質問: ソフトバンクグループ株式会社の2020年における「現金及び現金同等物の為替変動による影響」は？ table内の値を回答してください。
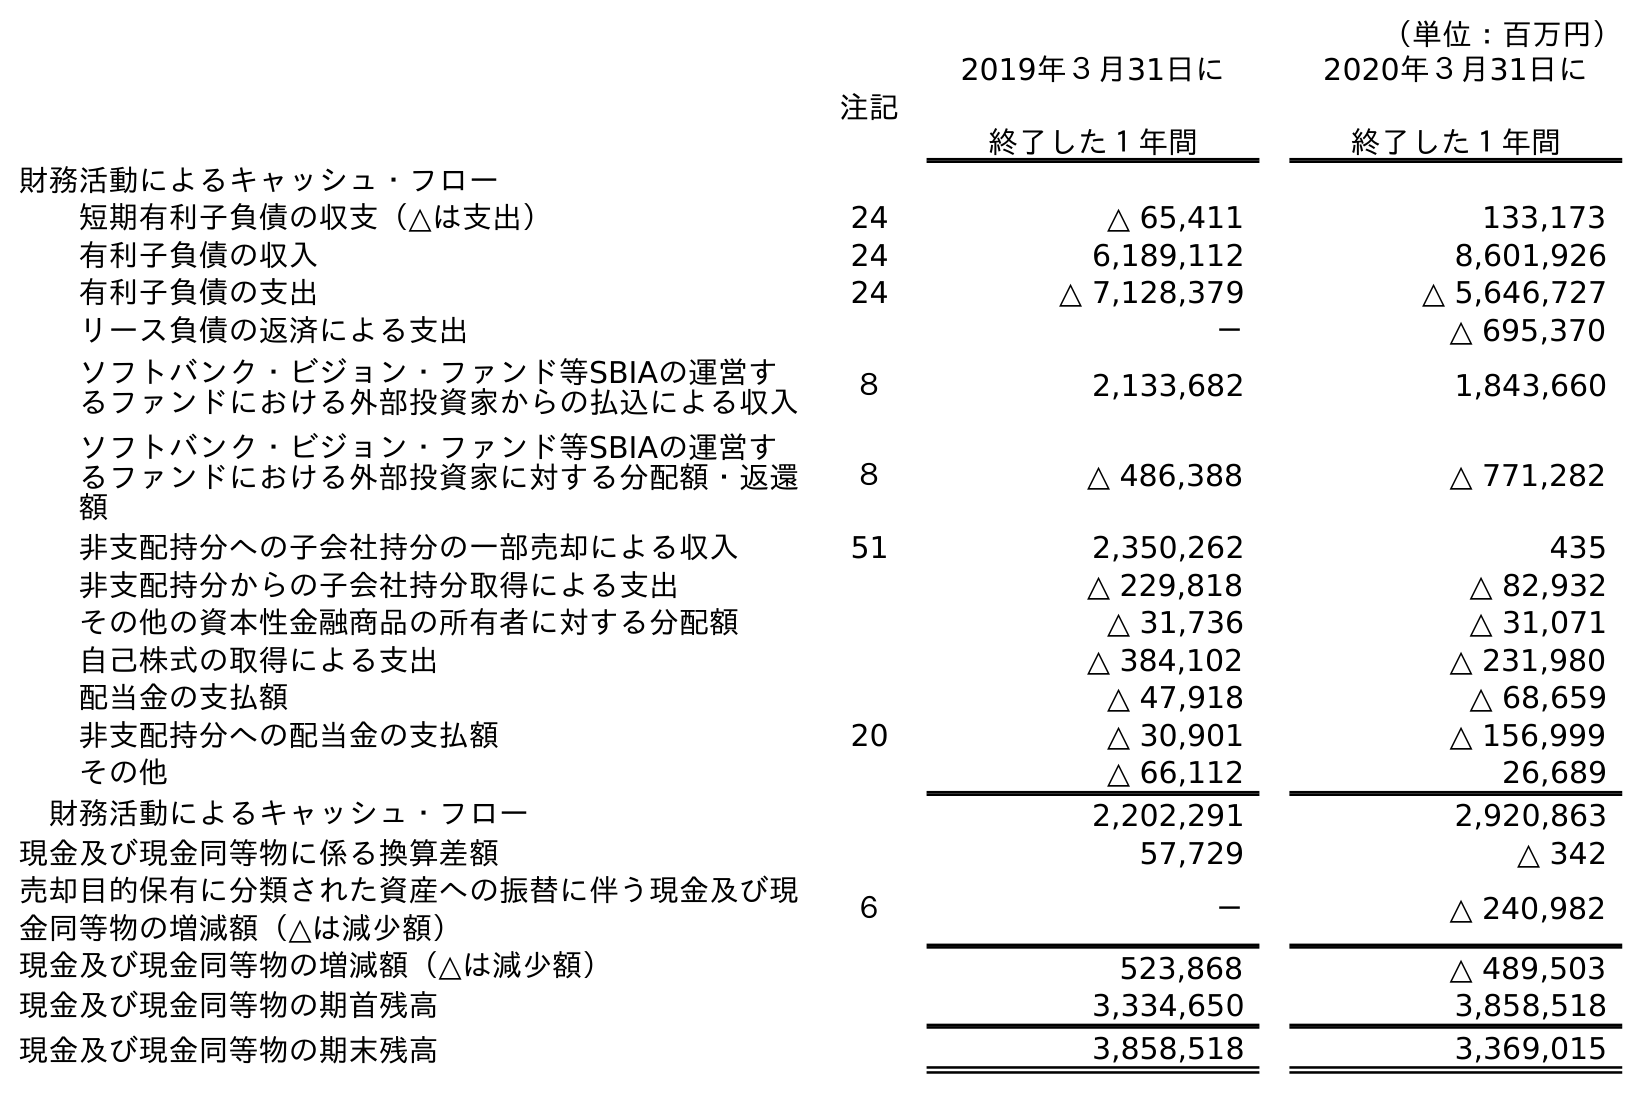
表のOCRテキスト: （単位：百万円） 注記 2019年３月31日に 終了した１年間 2020年３月31日に 終了した１年間 財務活動によるキャッシュ・フロー 短期有利子負債の収支（△は支出） 24 △ 65,411 133,173 有利子負債の収入 24 6,189,112 8,601,926 有利子負債の支出 24 △ 7,128,379 △ 5,646,727 リース負債の返済による支出 － △ 695,370 ソフトバンク・ビジョン・ファンド等SBIAの運営す るファンドにおける外部投資家からの払込による収入 ８ 2,133,682 1,843,660 ソフトバンク・ビジョン・ファンド等SBIAの運営す るファンドにおける外部投資家に対する分配額・返還 額 ８ △ 486,388 △ 771,282 非支配持分への子会社持分の一部売却による収入 51 2,350,262 435 非支配持分からの子会社持分取得による支出 △ 229,818 △ 82,932 その他の資本性金融商品の所有者に対する分配額 △ 31,736 △ 31,071 自己株式の取得による支出 △ 384,102 △ 231,980 配当金の支払額 △ 47,918 △ 68,659 非支配持分への配当金の支払額 20 △ 30,901 △ 156,999 その他 △ 66,112 26,689 財務活動によるキャッシュ・フロー 2,202,291 2,920,863 現金及び現金同等物に係る換算差額 57,729 △ 342 売却目的保有に分類された資産への振替に伴う現金及び現 金同等物の増減額（△は減少額） ６ － △ 240,982 現金及び現金同等物の増減額（△は減少額） 523,868 △ 489,503 現金及び現金同等物の期首残高 3,334,650 3,858,518 現金及び現金同等物の期末残高 3,858,518 3,369,015
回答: △342